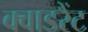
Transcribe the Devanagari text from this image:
क्वाडरैंट